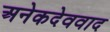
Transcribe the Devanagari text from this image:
अनेकदेववाद